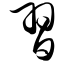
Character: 习